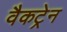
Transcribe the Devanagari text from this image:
वैकट्रेन